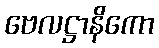
ဗေလဋ္ဌာနိကော